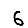
Digit: 6